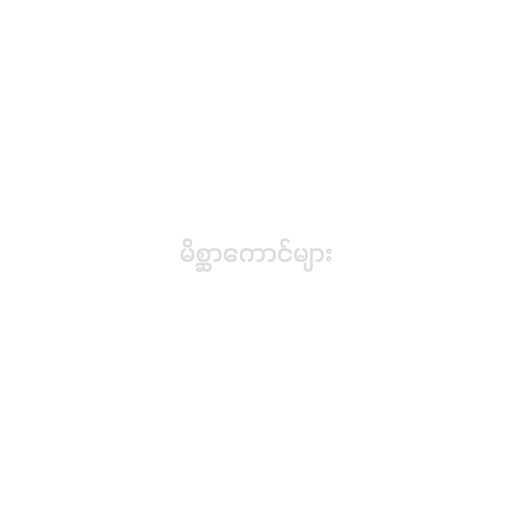
မိစ္ဆာကောင်များ